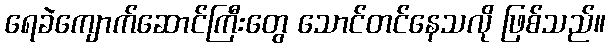
ရေခဲကျောက်ဆောင်ကြီးတွေ သောင်တင်နေသလို ဖြစ်သည်။